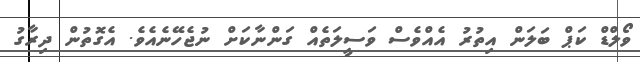
ވޯލްޑް ކަޕް ބަލަން އިތުރު އެއްވެސް ވަސީލަތެއް ގަންނާކަށް ނުޖެހޭނެއެވެ. އެގޮތުން ދިރާގު